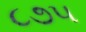
૮૭૫